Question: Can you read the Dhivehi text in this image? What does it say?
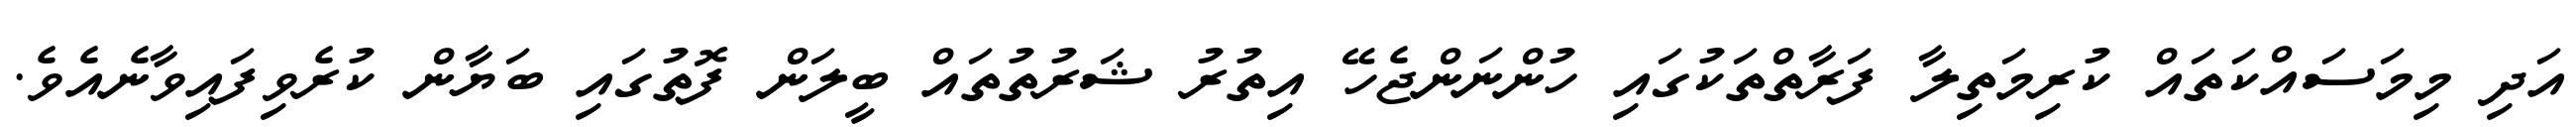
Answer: އަދި މިމަސައްކަތައް ކުރިމަތިލާ ފަރާތްތަކުގައި ހުންނަންޖެހޭ އިތުރު ޝަރުތުތައް ބީލަން ފޮތުގައި ބަޔާން ކުރެވިފައިވާނެއެވެ.